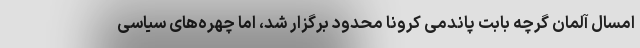
امسال آلمان گرچه بابت پاندمی کرونا محدود برگزار شد، اما چهره‌های سیاسی